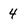
Character: 4